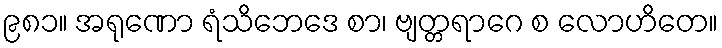
၉၈၁။ အရုဏော ရံသိဘေဒေ စာ၊ ဗျတ္တရာဂေ စ လောဟိတေ။